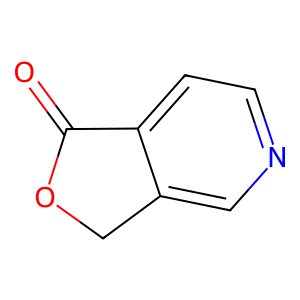
SMILES: O=C1OCc2cnccc21
Inhibits HIV replication: No